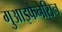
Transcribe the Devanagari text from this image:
गुआइफेनेसिन